Document type: Grant
Year: 1403
Scribe: Berenguer Pedrosell
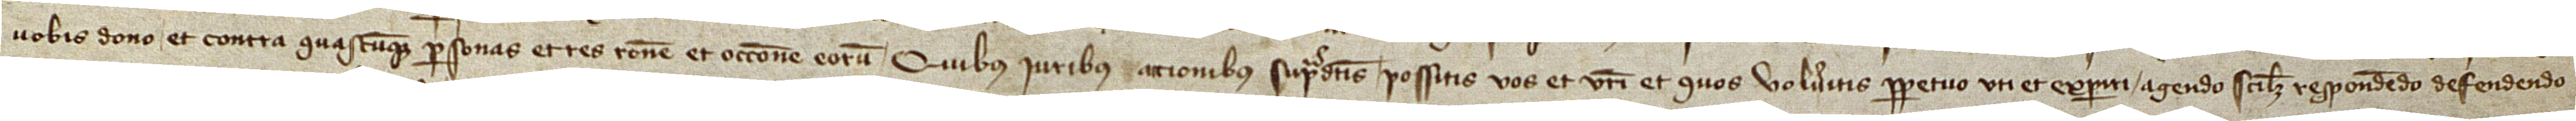
vobis dono et contra quascumque personas et res racione et occasione eorum. Quibus iuribus accionibus supradictis possitis vos et vestri et quos volueritis perpetuo uti et experiri, agendo, scilicet, respondendo, defendendo,